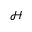
\mathcal { H }